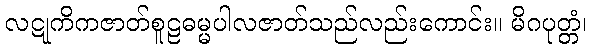
လဋုကိကဇာတ်စူဠဓမ္မပါလဇာတ်သည်လည်းကောင်း။ မိဂပုတ္တံ၊